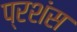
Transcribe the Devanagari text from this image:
प्रशंस